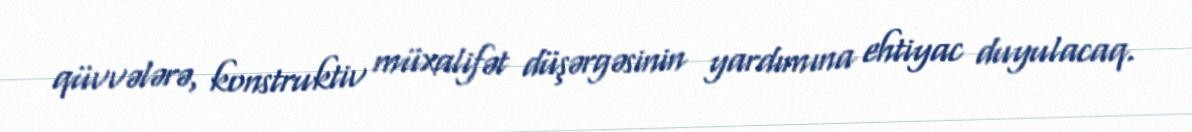
qüvvələrə, konstruktiv müxalifət düşərgəsinin yardımına ehtiyac duyulacaq.